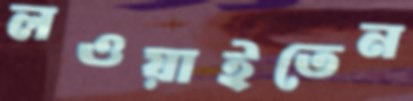
লওয়াইতেন